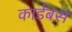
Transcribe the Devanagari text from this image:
कार्डबस